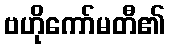
ဗဟိုကော်မတီ၏